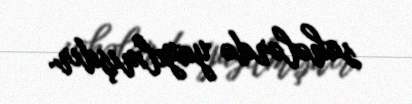
sahələrdə yayılmışdır.